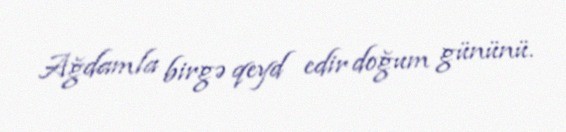
Ağdamla birgə qeyd edir doğum gününü.